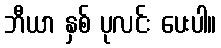
ဘီယာ နှစ် ပုလင်း ပေးပါ။